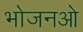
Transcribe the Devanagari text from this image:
भोजनओ